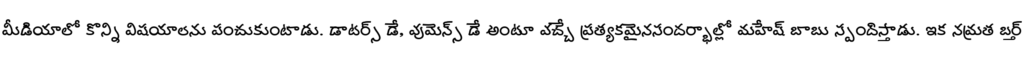
మీడియాలో కొన్ని విషయాలను పంచుకుంటాడు. డాటర్స్ డే, వుమెన్స్ డే అంటూ వచ్చే ప్రత్యకమైనసందర్భాల్లో మహేష్ బాబు స్పందిస్తాడు. ఇక నమ్రత బర్త్